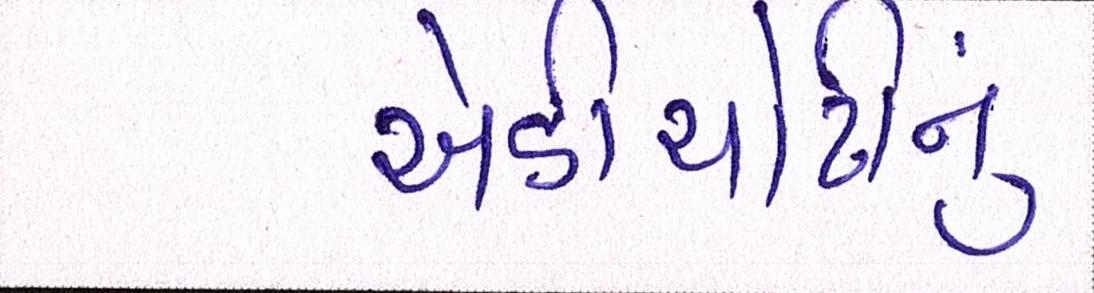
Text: એડીચોટીનું